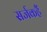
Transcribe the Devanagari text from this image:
सर्जकहैं